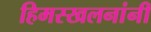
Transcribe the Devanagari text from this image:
हिमस्खलनांनी